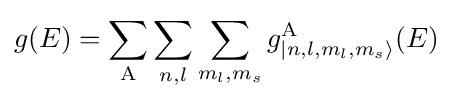
g(E)=\sum _{\mathrm {A} }\sum _{n,l}\sum _{m_{l},m_{s}}{g_{|n,l,m_{l},m_{s}\rangle }^{\mathrm {A} }(E)}